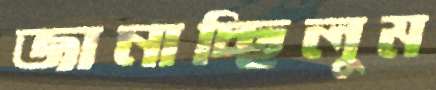
জানাচ্ছিলুম